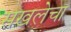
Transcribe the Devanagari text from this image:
सखलेचा